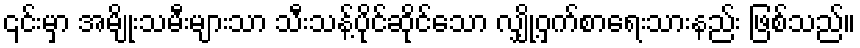
၎င်းမှာ အမျိုးသမီးများသာ သီးသန့်ပိုင်ဆိုင်သော လျှို့ဝှက်စာရေးသားနည်း ဖြစ်သည်။